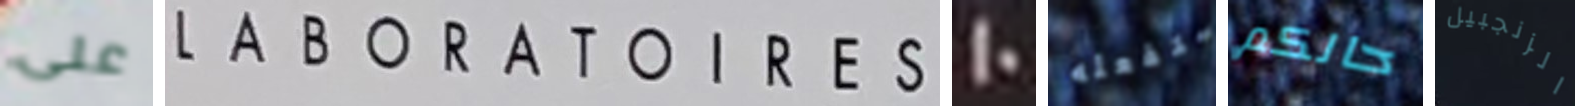
على LABORATOIRES 10 ستفعله حالكم الزنجبيل